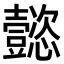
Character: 懿